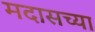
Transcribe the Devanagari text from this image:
मदासच्या